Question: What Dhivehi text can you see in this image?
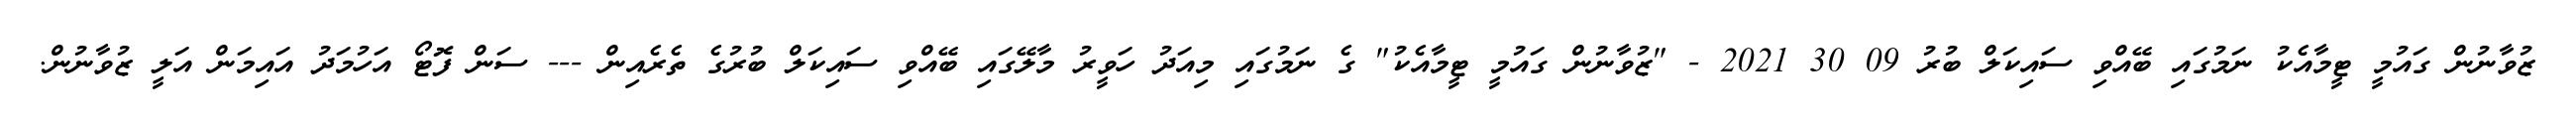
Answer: ޒުވާނުން ގައުމީ ޓީމާއެކު ނަމުގައި ބޭއްވި ސައިކަލް ބުރު 09 30 2021 - "ޒުވާނުން ގައުމީ ޓީމާއެކު" ގެ ނަމުގައި މިއަދު ހަވީރު މާލޭގައި ބޭއްވި ސައިކަލް ބުރުގެ ތެރެއިން --- ސަން ފޮޓޯ އަހުމަދު އައިމަން އަލީ ޒުވާނުން.